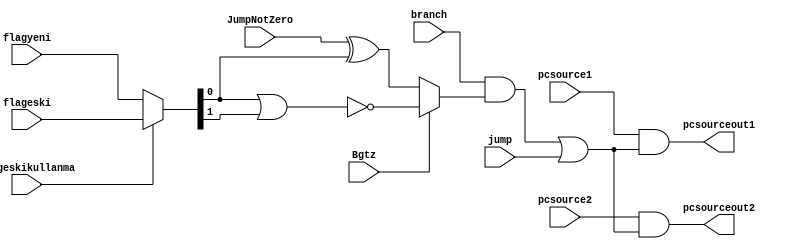
module jumpbranchunit(flagyeni,flageski, flageskikullanma,JumpNotZero,Bgtz,jump,branch,pcsource1,pcsource2 ,pcsourceout1,pcsourceout2);
input [1:0] flagyeni;

input [1:0] flageski;

input flageskikullanma,JumpNotZero,Bgtz,jump,branch,pcsource1,pcsource2;
output pcsourceout1,pcsourceout2 ;

wire [1:0]flag ;
wire exor ,noor ,andout,orout,whichone;

assign flag = flageskikullanma ? flageski: flagyeni;

assign exor = JumpNotZero ^^ flag[0];
assign noor = ~(flag[0] | flag[1]);

assign whichone = Bgtz ? noor : exor;

assign andout= branch && whichone;

assign orout= andout | jump;


assign pcsourceout1=pcsource1 &&orout;
assign pcsourceout2=pcsource2&& orout;

endmodule